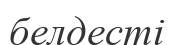
белдесті